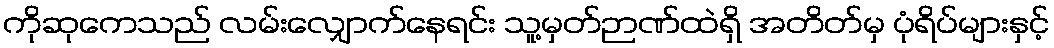
ကိုဆုကေသည် လမ်းလျှောက်နေရင်း သူ့မှတ်ဉာဏ်ထဲရှိ အတိတ်မှ ပုံရိပ်များနှင့်